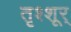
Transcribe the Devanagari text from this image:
तृश्शूर्